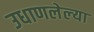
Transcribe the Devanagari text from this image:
उधाणलेल्‍या